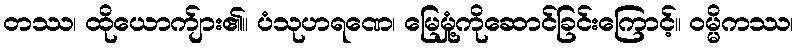
တဿ၊ ထိုယောက်ျား၏။ ပံသုဟရဏေ၊ မြေမှုံ့ကိုဆောင်ခြင်းကြောင့်။ ဝမ္မိကဿ၊